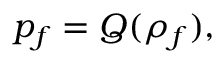
p _ { f } = Q ( \rho _ { f } ) ,